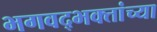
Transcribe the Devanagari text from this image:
भगवद्भक्तांच्या